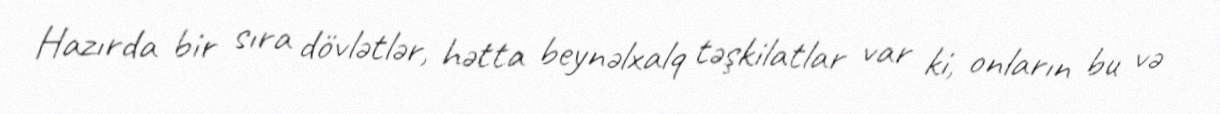
Hazırda bir sıra dövlətlər, hətta beynəlxalq təşkilatlar var ki, onların bu və